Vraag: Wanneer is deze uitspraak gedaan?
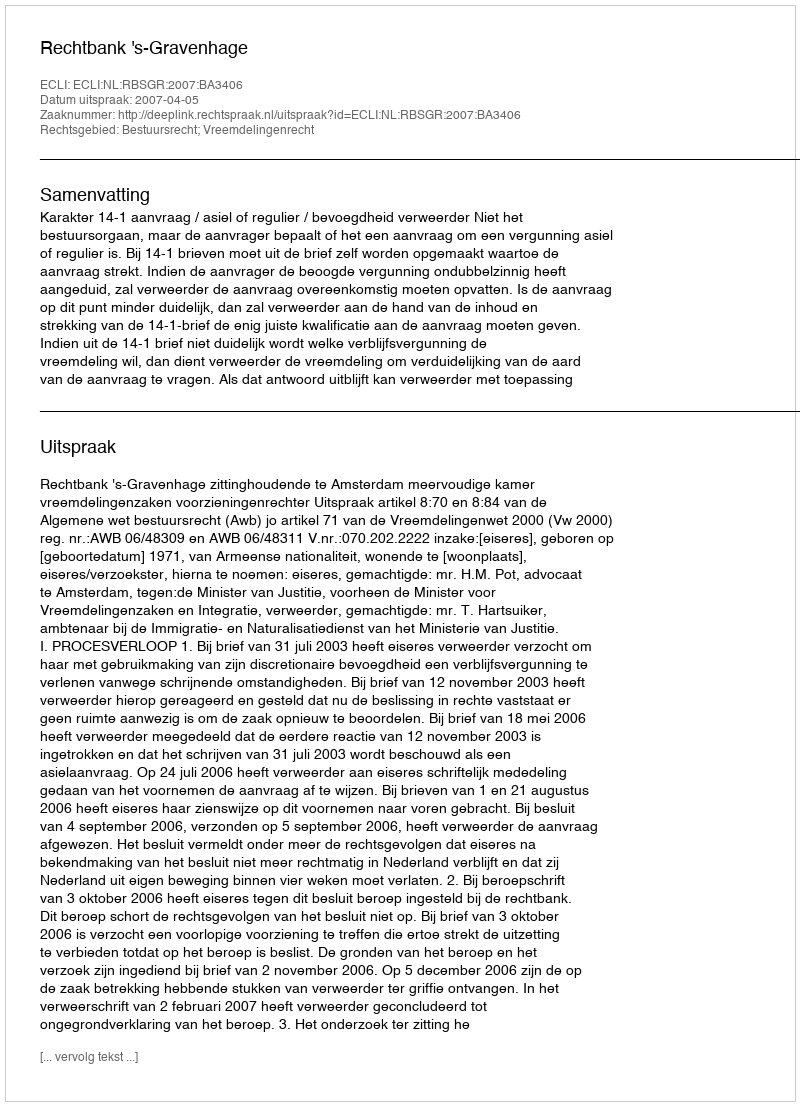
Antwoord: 2007-04-05